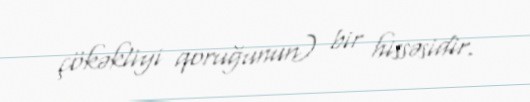
çökəkliyi qoruğunun) bir hissəsidir.